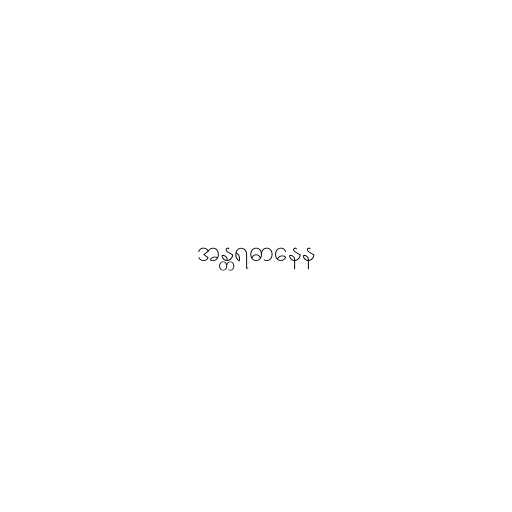
အန္တရဓာနေန